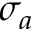
\sigma _ { a }